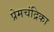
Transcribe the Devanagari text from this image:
प्रेमचंद्रिका